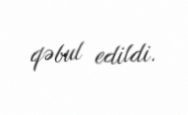
qəbul edildi.